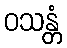
ဝသန္တံ